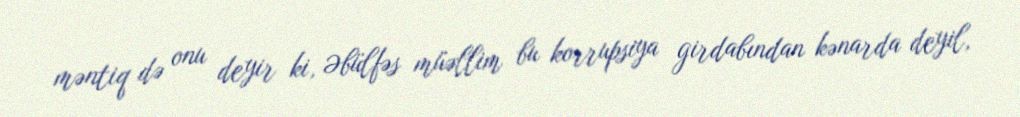
məntiq də onu deyir ki, Əbülfəs müəllim bu korrupsiya girdabından kənarda deyil,